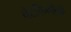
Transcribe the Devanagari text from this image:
चेटकिणीची